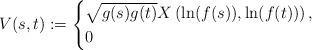
\begin{align*} V(s,t) :=\begin{cases} \sqrt{g(s)g(t)} X\left(\ln(f(s)), \ln(f(t)) \right), & \\ 0 & \end{cases} \end{align*}